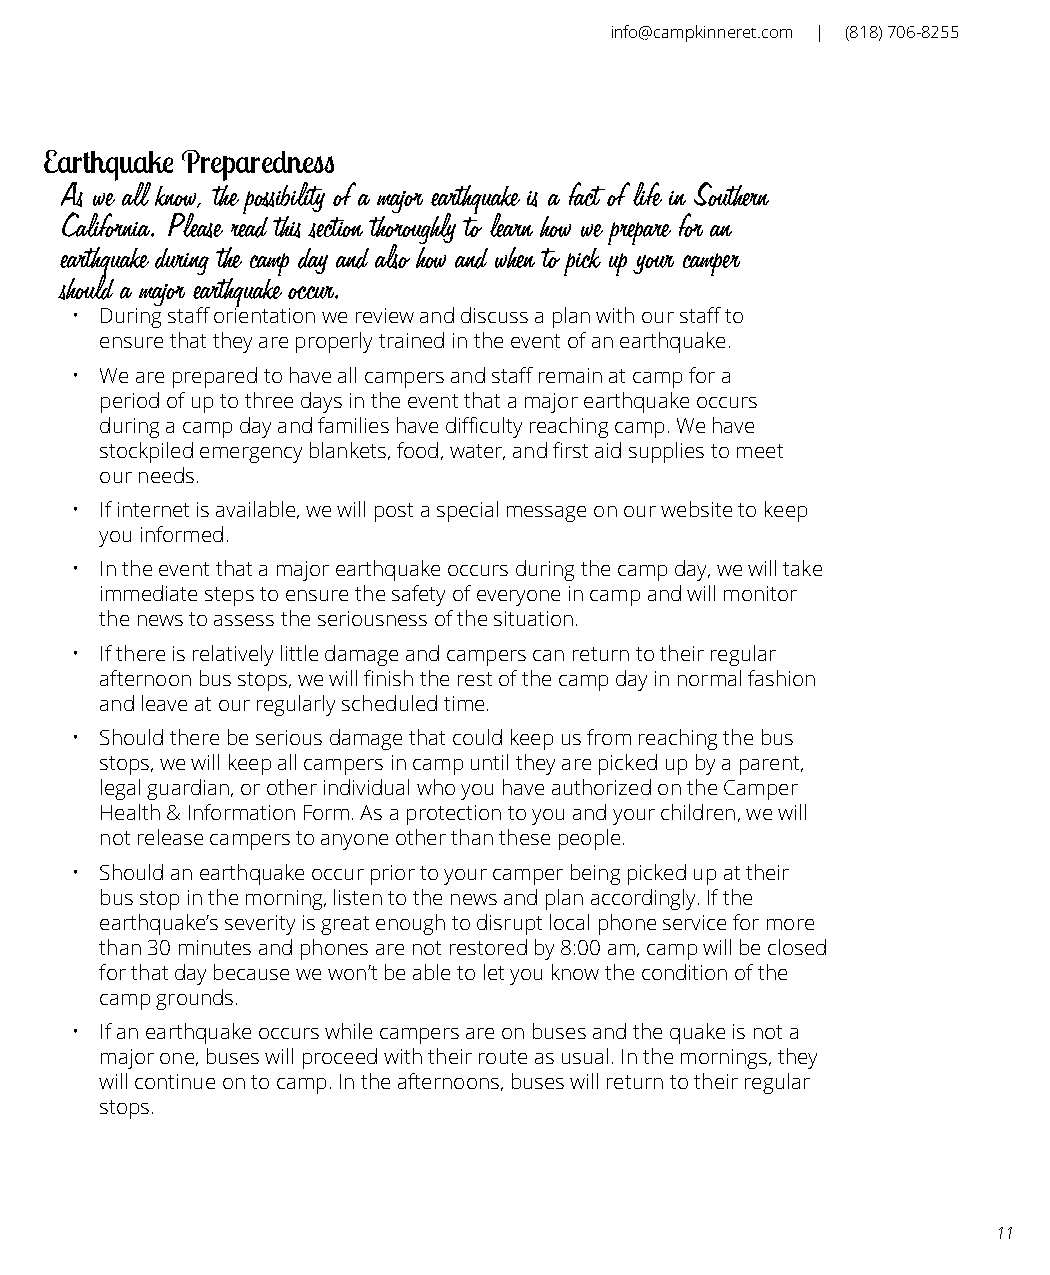
info@campkinneret.com | (818) 706-8255
 Earthquake Preparedness
 As we all know, the possibility of a major earthquake is a fact of life in Southern
 California. Please read this section thoroughly to learn how we prepare for an
 earthquake during the camp day and also how and when to pick up your camper
 should a major earthquake occur.
 • During staff orientation we review and discuss a plan with our staff to
 ensure that they are properly trained in the event of an earthquake.
 • We are prepared to have all campers and staff remain at camp for a
 period of up to three days in the event that a major earthquake occurs
 during a camp day and families have difficulty reaching camp. We have
 stockpiled emergency blankets, food, water, and first aid supplies to meet
 our needs.
 • If internet is available, we will post a special message on our website to keep
 you informed.
 • In the event that a major earthquake occurs during the camp day, we will take
 immediate steps to ensure the safety of everyone in camp and will monitor
 the news to assess the seriousness of the situation.
 • If there is relatively little damage and campers can return to their regular
 afternoon bus stops, we will finish the rest of the camp day in normal fashion
 and leave at our regularly scheduled time.
 • Should there be serious damage that could keep us from reaching the bus
 stops, we will keep all campers in camp until they are picked up by a parent,
 legal guardian, or other individual who you have authorized on the Camper
 Health & Information Form. As a protection to you and your children, we will
 not release campers to anyone other than these people.
 • Should an earthquake occur prior to your camper being picked up at their
 bus stop in the morning, listen to the news and plan accordingly. If the
 earthquake’s severity is great enough to disrupt local phone service for more
 than 30 minutes and phones are not restored by 8:00 am, camp will be closed
 for that day because we won’t be able to let you know the condition of the
 camp grounds.
 • If an earthquake occurs while campers are on buses and the quake is not a
 major one, buses will proceed with their route as usual. In the mornings, they
 will continue on to camp. In the afternoons, buses will return to their regular
 stops.
 11